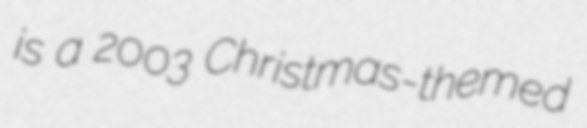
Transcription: is a 2003 Christmas-themed